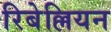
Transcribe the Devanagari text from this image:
रिबेल्लियन